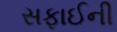
સફાઈની